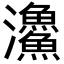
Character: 𩼪